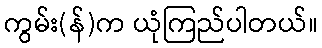
ကွမ်း(န်)က ယုံကြည်ပါတယ်။